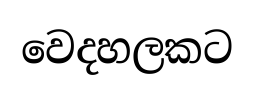
වෙදහලකට